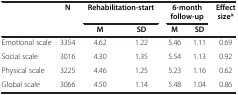
<table><thead><tr><td rowspan="2"><b> </b></td><td rowspan="2"><b>N</b></td><td colspan="2"><b>Rehabilitation-start</b></td><td colspan="2"><b>6-month follow-up</b></td><td><b>Effect size*</b></td></tr><tr><td><b>M</b></td><td><b>SD</b></td><td><b>M</b></td><td><b>SD</b></td><td><b> </b></td></tr></thead><tbody><tr><td>Emotional scale</td><td>3354</td><td>4.62</td><td>1.22</td><td>5.46</td><td>1.11</td><td>0.69</td></tr><tr><td>Social scale</td><td>3016</td><td>4.30</td><td>1.35</td><td>5.54</td><td>1.13</td><td>0.92</td></tr><tr><td>Physical scale</td><td>3225</td><td>4.46</td><td>1.25</td><td>5.23</td><td>1.16</td><td>0.62</td></tr><tr><td>Global scale</td><td>3066</td><td>4.50</td><td>1.14</td><td>5.48</td><td>1.04</td><td>0.86</td></tr></tbody></table>